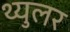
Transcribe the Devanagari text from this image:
थ्युलर